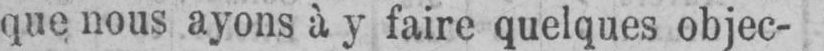
que nous ayons à y faire quelques objec-